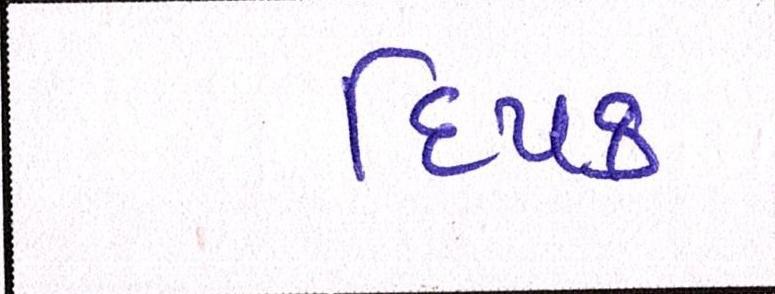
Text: દિપક